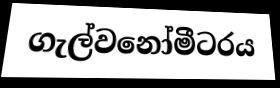
ගැල්වනෝමීටරය